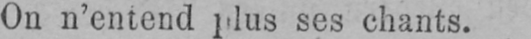
ses chants.